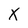
Character: X